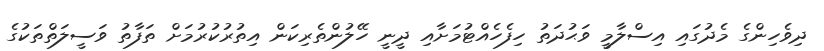
ދިވެހިންގެ މެދުގައި އިސްލާމީ ވަޙުދަތު ހިފެހެއްޓުމަށާއި ދީނީ ހޭލުންތެރިކަން އިތުރުކުރުމަށް ތަފާތު ވަސީލަތްތަކުގެ